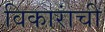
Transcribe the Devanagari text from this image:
विकारांची